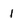
Character: 1